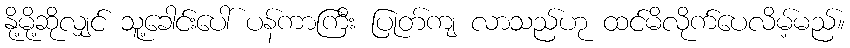
နို့မို့ဆိုလျှင် သူ့ခေါင်းပေါ် ပန်ကာကြီး ပြုတ်ကျ လာသည်ဟု ထင်မိလိုက်ပေလိမ့်မည်။